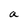
Character: a